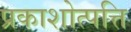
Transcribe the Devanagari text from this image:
प्रकाशोत्पत्ति